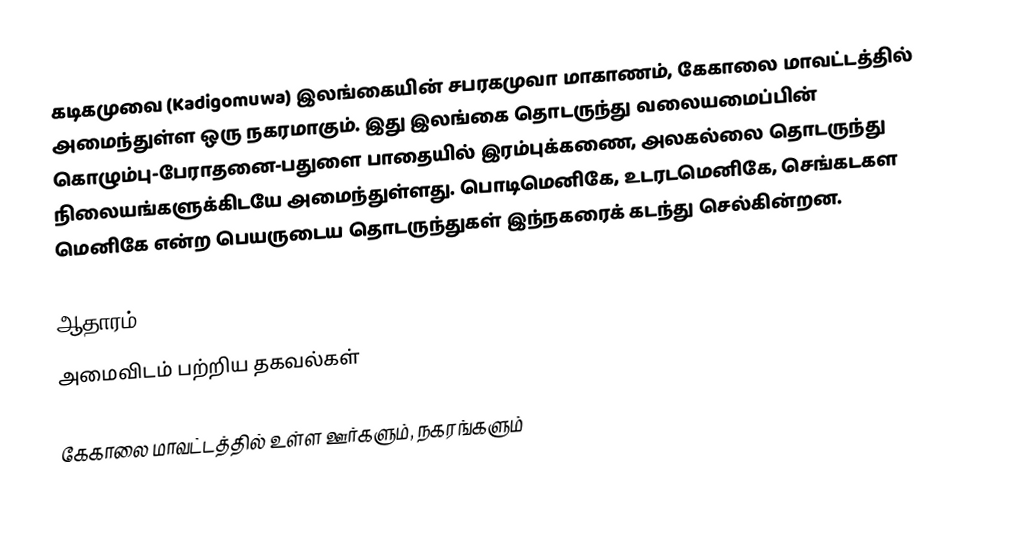
கடிகமுவை (Kadigomuwa) இலங்கையின்  சபரகமுவா மாகாணம், கேகாலை மாவட்டத்தில் அமைந்துள்ள ஒரு நகரமாகும். இது இலங்கை தொடருந்து வலையமைப்பின் கொழும்பு-பேராதனை-பதுளை பாதையில் இரம்புக்கணை, அலகல்லை தொடருந்து நிலையங்களுக்கிடயே அமைந்துள்ளது. பொடிமெனிகே,   உடரடமெனிகே, செங்கடகள மெனிகே என்ற பெயருடைய தொடருந்துகள் இந்நகரைக் கடந்து செல்கின்றன.

ஆதாரம்
அமைவிடம் பற்றிய தகவல்கள்

கேகாலை மாவட்டத்தில் உள்ள ஊர்களும், நகரங்களும்